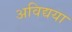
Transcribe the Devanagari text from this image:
अविद्यया